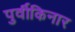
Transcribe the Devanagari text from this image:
पुर्वीकिनार